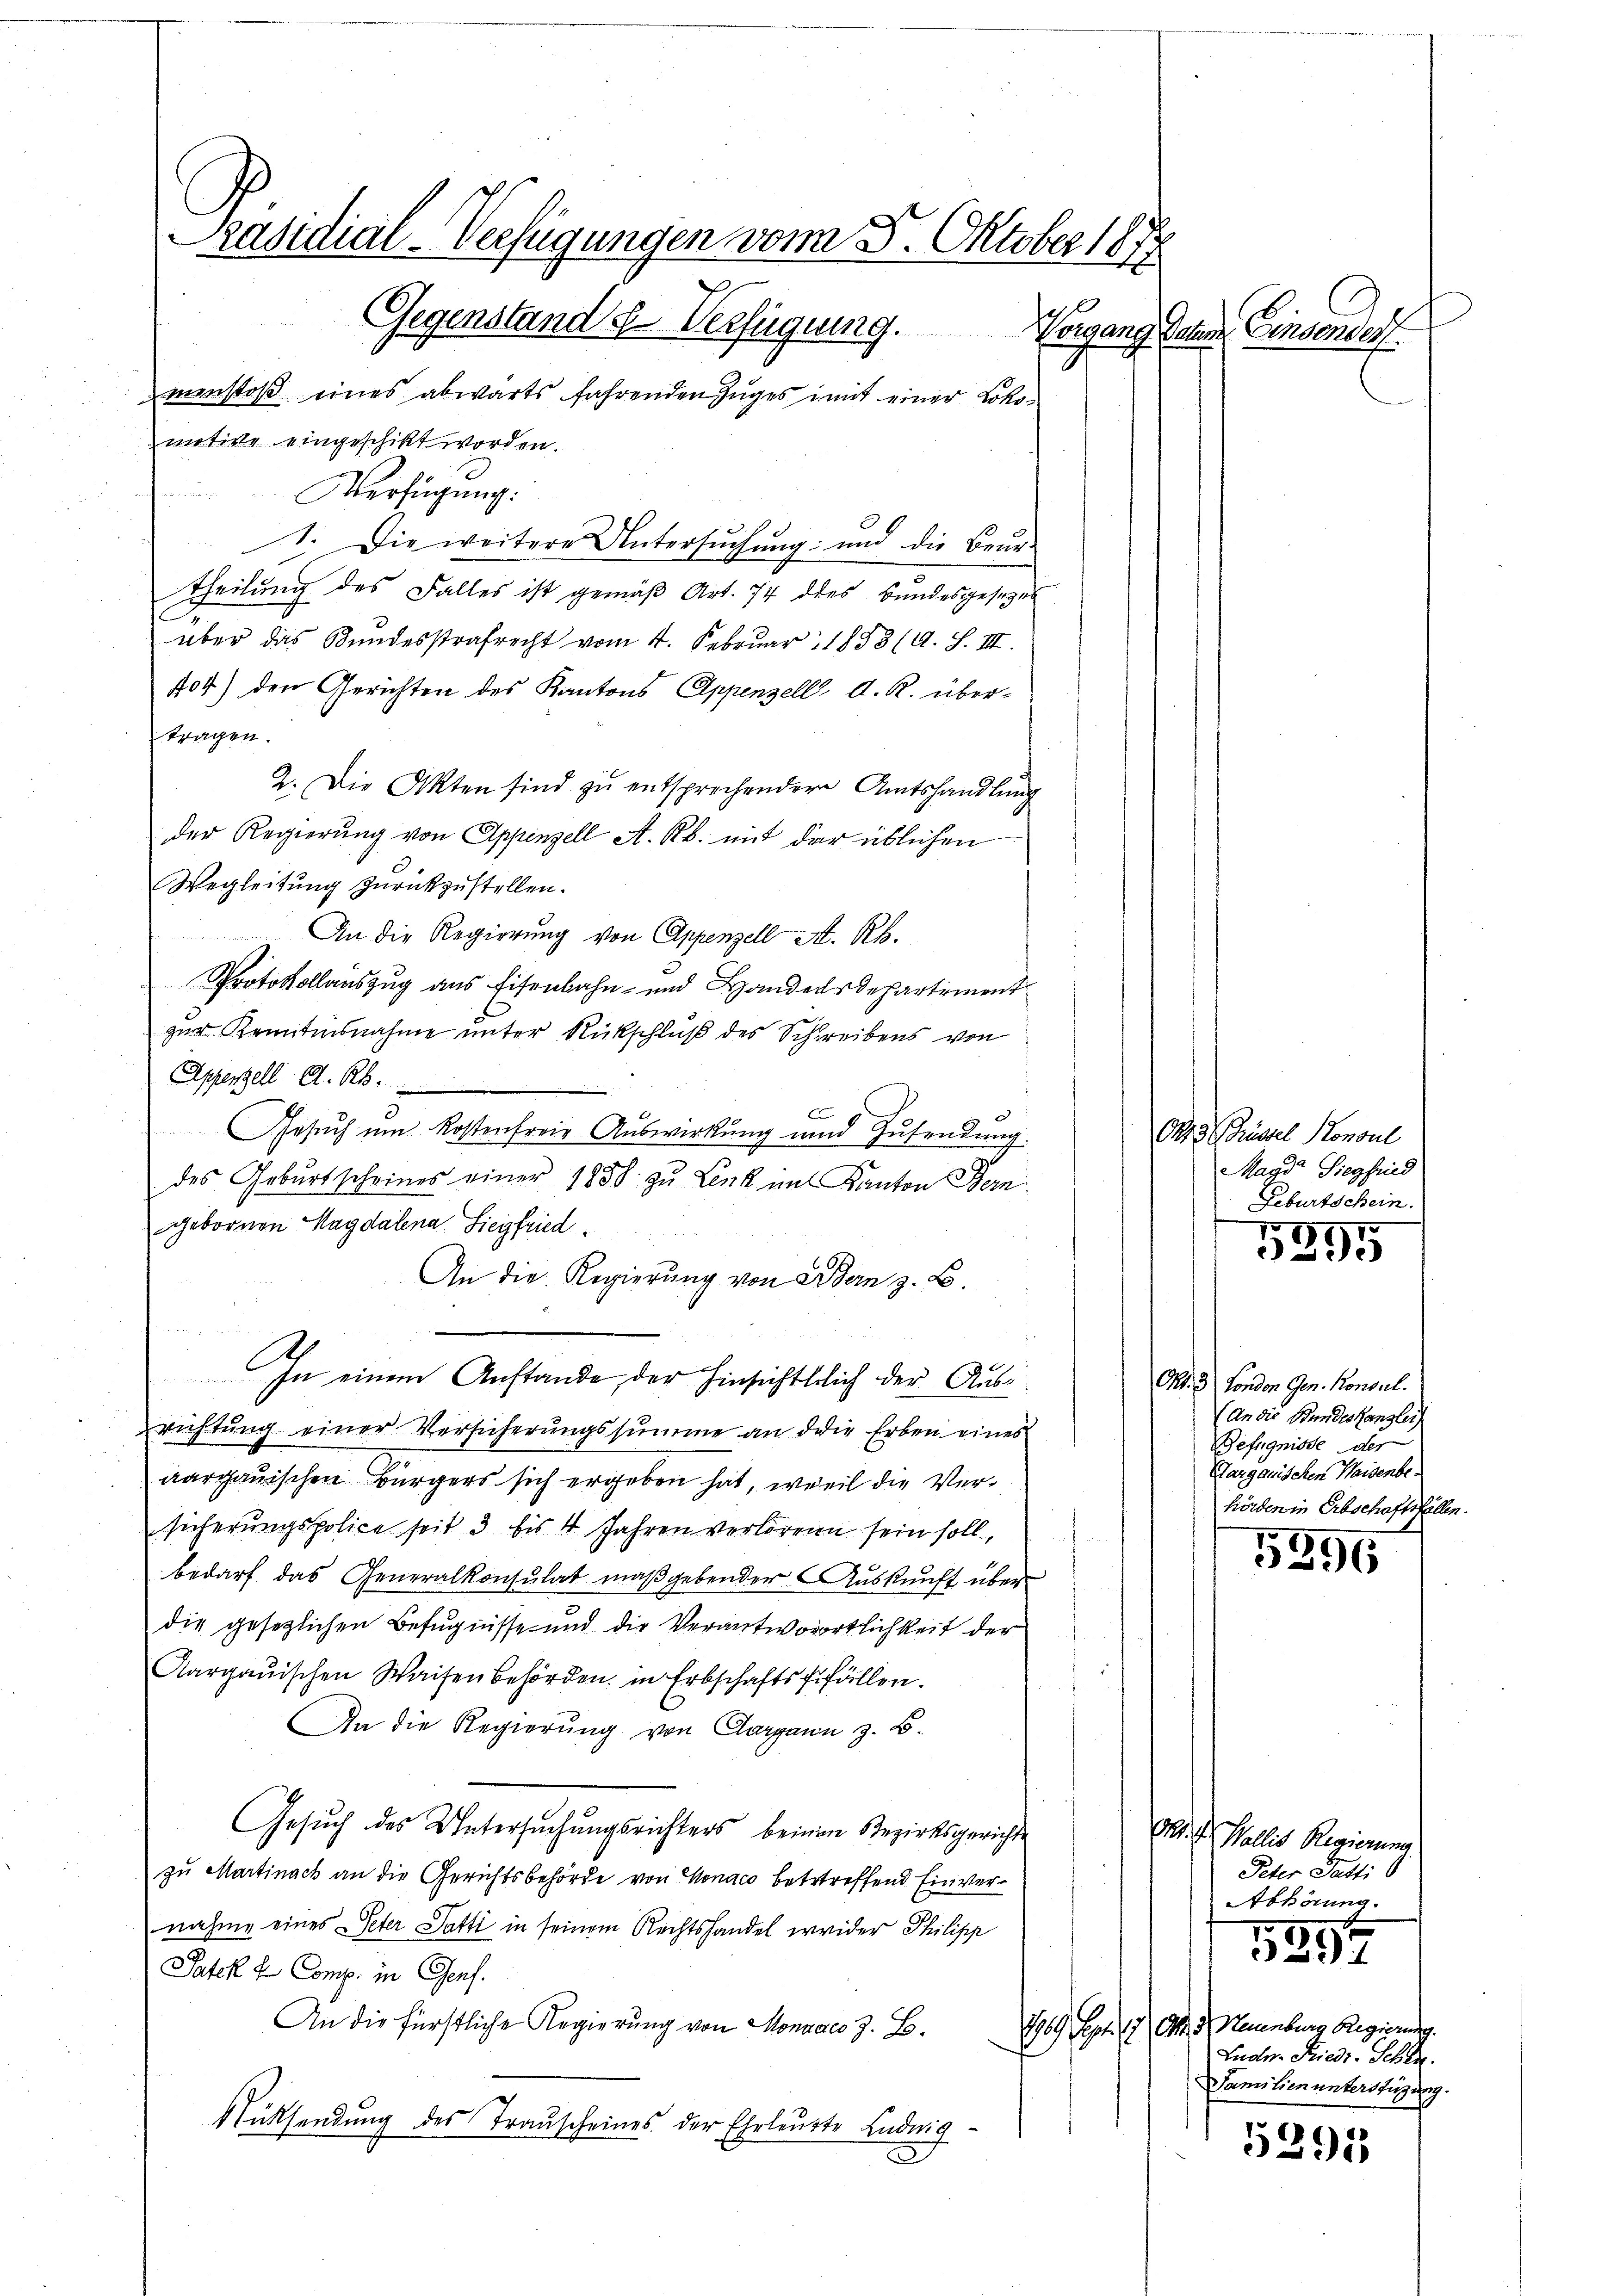
Päsidial-Verfügungen vom 8. Oktober 1878
Gegenstandes Verfügung. Vorgang daher Einsender
menstoß eines abwärts fahrenden Zuges mit einer Loko¬

motive eingeschikt worden.
Verfügung:
1. Die weitere Untersuchung und die Beur-
theilung des Falles ist gemäß Art. 74 des Bundesgesetzes
über das Bundesstrafrecht vom 4. Februar 1883 (A. S. III.
704) den Gerichten des Kantons Appenzell A. R. übertragen.
2. Die Akten sind zŭ entsprechender Amtshandlŭng
der Regierung von Appenzell A. R. mit der üblichen
Wegleitung zurückzustellen.
An die Regierung von Appenzell A. R.
Protokollauszug aus Eisenbahn- und Handelsdepartement
zur Kenntnisnahme unter Rückschluß des Schreibens von
Appenzell A. R.
E
Gesuch um Kostenfreie Auswirkung und Zusendung
des Geburtscheines einer 1858 zu Lenk im Kanton Bern.
gebornen Magdalena Siegfried
An die Regierung von Bern z. B.
u
A
In einem Anstande der Hinsichtlich der Ausrichtŭng einer Versicherŭngssumme an die Erben eines
aargauischen Bürgers sich ergeben hat, weil die Versicherungspolice seit 3 bis 4 Jahren verlorene sein soll.
bedarf das Generalkonsulat maßgebender Auskunft über
die gesetzlichen Befugnisse und die Verantworörtlichkeit der
Aargauischen Waisenbehörden in Erbschaftsfifällen.
An die Regierung von Aargann z. B.
Gesuch des Untersuchungsrichters beinen Bezirksgerichte
zu Martinach an die Gerichtsbehörde von Monaco betrtreffend Einvernahme eines Peter Patti in seinem Rechtshandel weider Philipp
Pater L. Comp. in Genf.
An die Fürstliche Regierung von Mondaco z. B.
Rücksendung des Trauscheines der Eheleute Ludwig

Oke Gründel Konsul
Magd Siegfried
Geburtschein.
5895

Okt. 3) Fondon Gen. Konsul
(An die Bundeskanzlei
Befugnisse der
Aarganischen Waisenbehörden in Erbschaftsfällen.

5295

Mt. d. Wallis Regierung
Peter Gatti
Abhörung.
5
1
1969. Sept. 17. d. d. Neuenburg Regierung.
Ludn. Friedi-Schen.
Familien unterstüzung.

5291